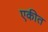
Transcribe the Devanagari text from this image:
एकीत